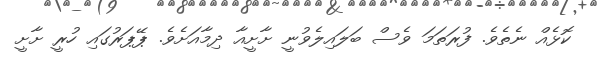
ކޮޅެއް ނެތެވެ. ފުރަތަމަ ވެސް ބަލައިލެވުނީ ށާށީއާ ދިމާއަށެވެ. ޕޭޕަރުގައި ހުރީ ށާށީ